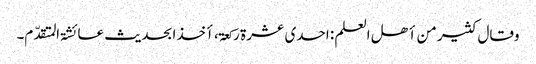
وقال کثیر من أھل العلم : احدی عشرۃ رکعۃ ، أخذا بحدیث عائشۃ المتقدّم۔